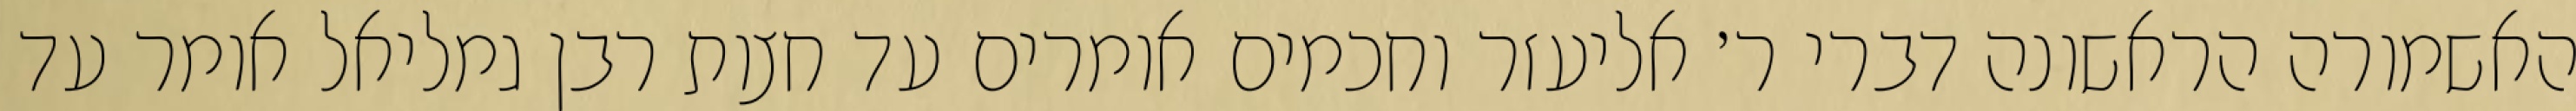
האשמורה הראשונה דברי ר׳ אליעזר וחכמים אומרים עד חצות רבן גמליאל אומר עד